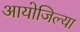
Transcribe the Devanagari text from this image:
आयोजिल्या